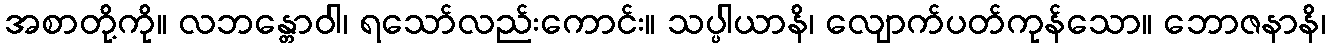
အစာတို့ကို။ လဘန္တောဝါ၊ ရသော်လည်းကောင်း။ သပ္ပါယာနိ၊ လျောက်ပတ်ကုန်သော။ ဘောဇနာနိ၊